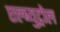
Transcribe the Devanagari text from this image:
एल्ब्युट्रोल